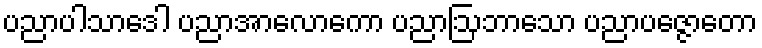
ပညာပါသာဒေါ ပညာအာလောကော ပညာဩဘာသော ပညာပဇ္ဇောတော